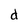
Character: d